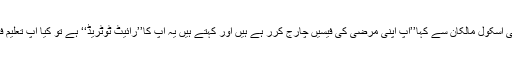
چیف جسٹس نے نجی اسکول مالکان سے کہا’’آپ اپنی مرضی کی فیسیں چارج کرر ہے ہیں اور کہتے ہیں یہ آپ کا’’رائیٹ ٹوٹریڈ‘‘ ہے تو کیا آپ تعلیم فروخت کررہے ہیں۔